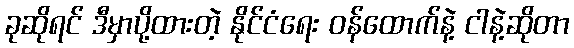
ခုဆိုရင် ဒီမှာပို့ထားတဲ့ နိုင်ငံရေး ဝန်ထောက်နဲ့ ငါနဲ့ဆိုတာ